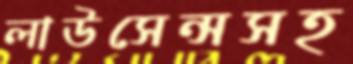
লাউসেন্সসহ